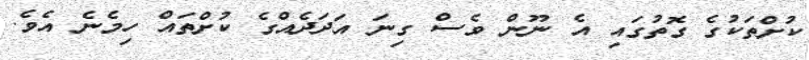
ކުށްތަކުގެ ގޮތުގައި އެ ނޫން ވެސް ގިނަ އަދަދެއްގެ ކުށްތައް ހިމެނެ އެވެ.